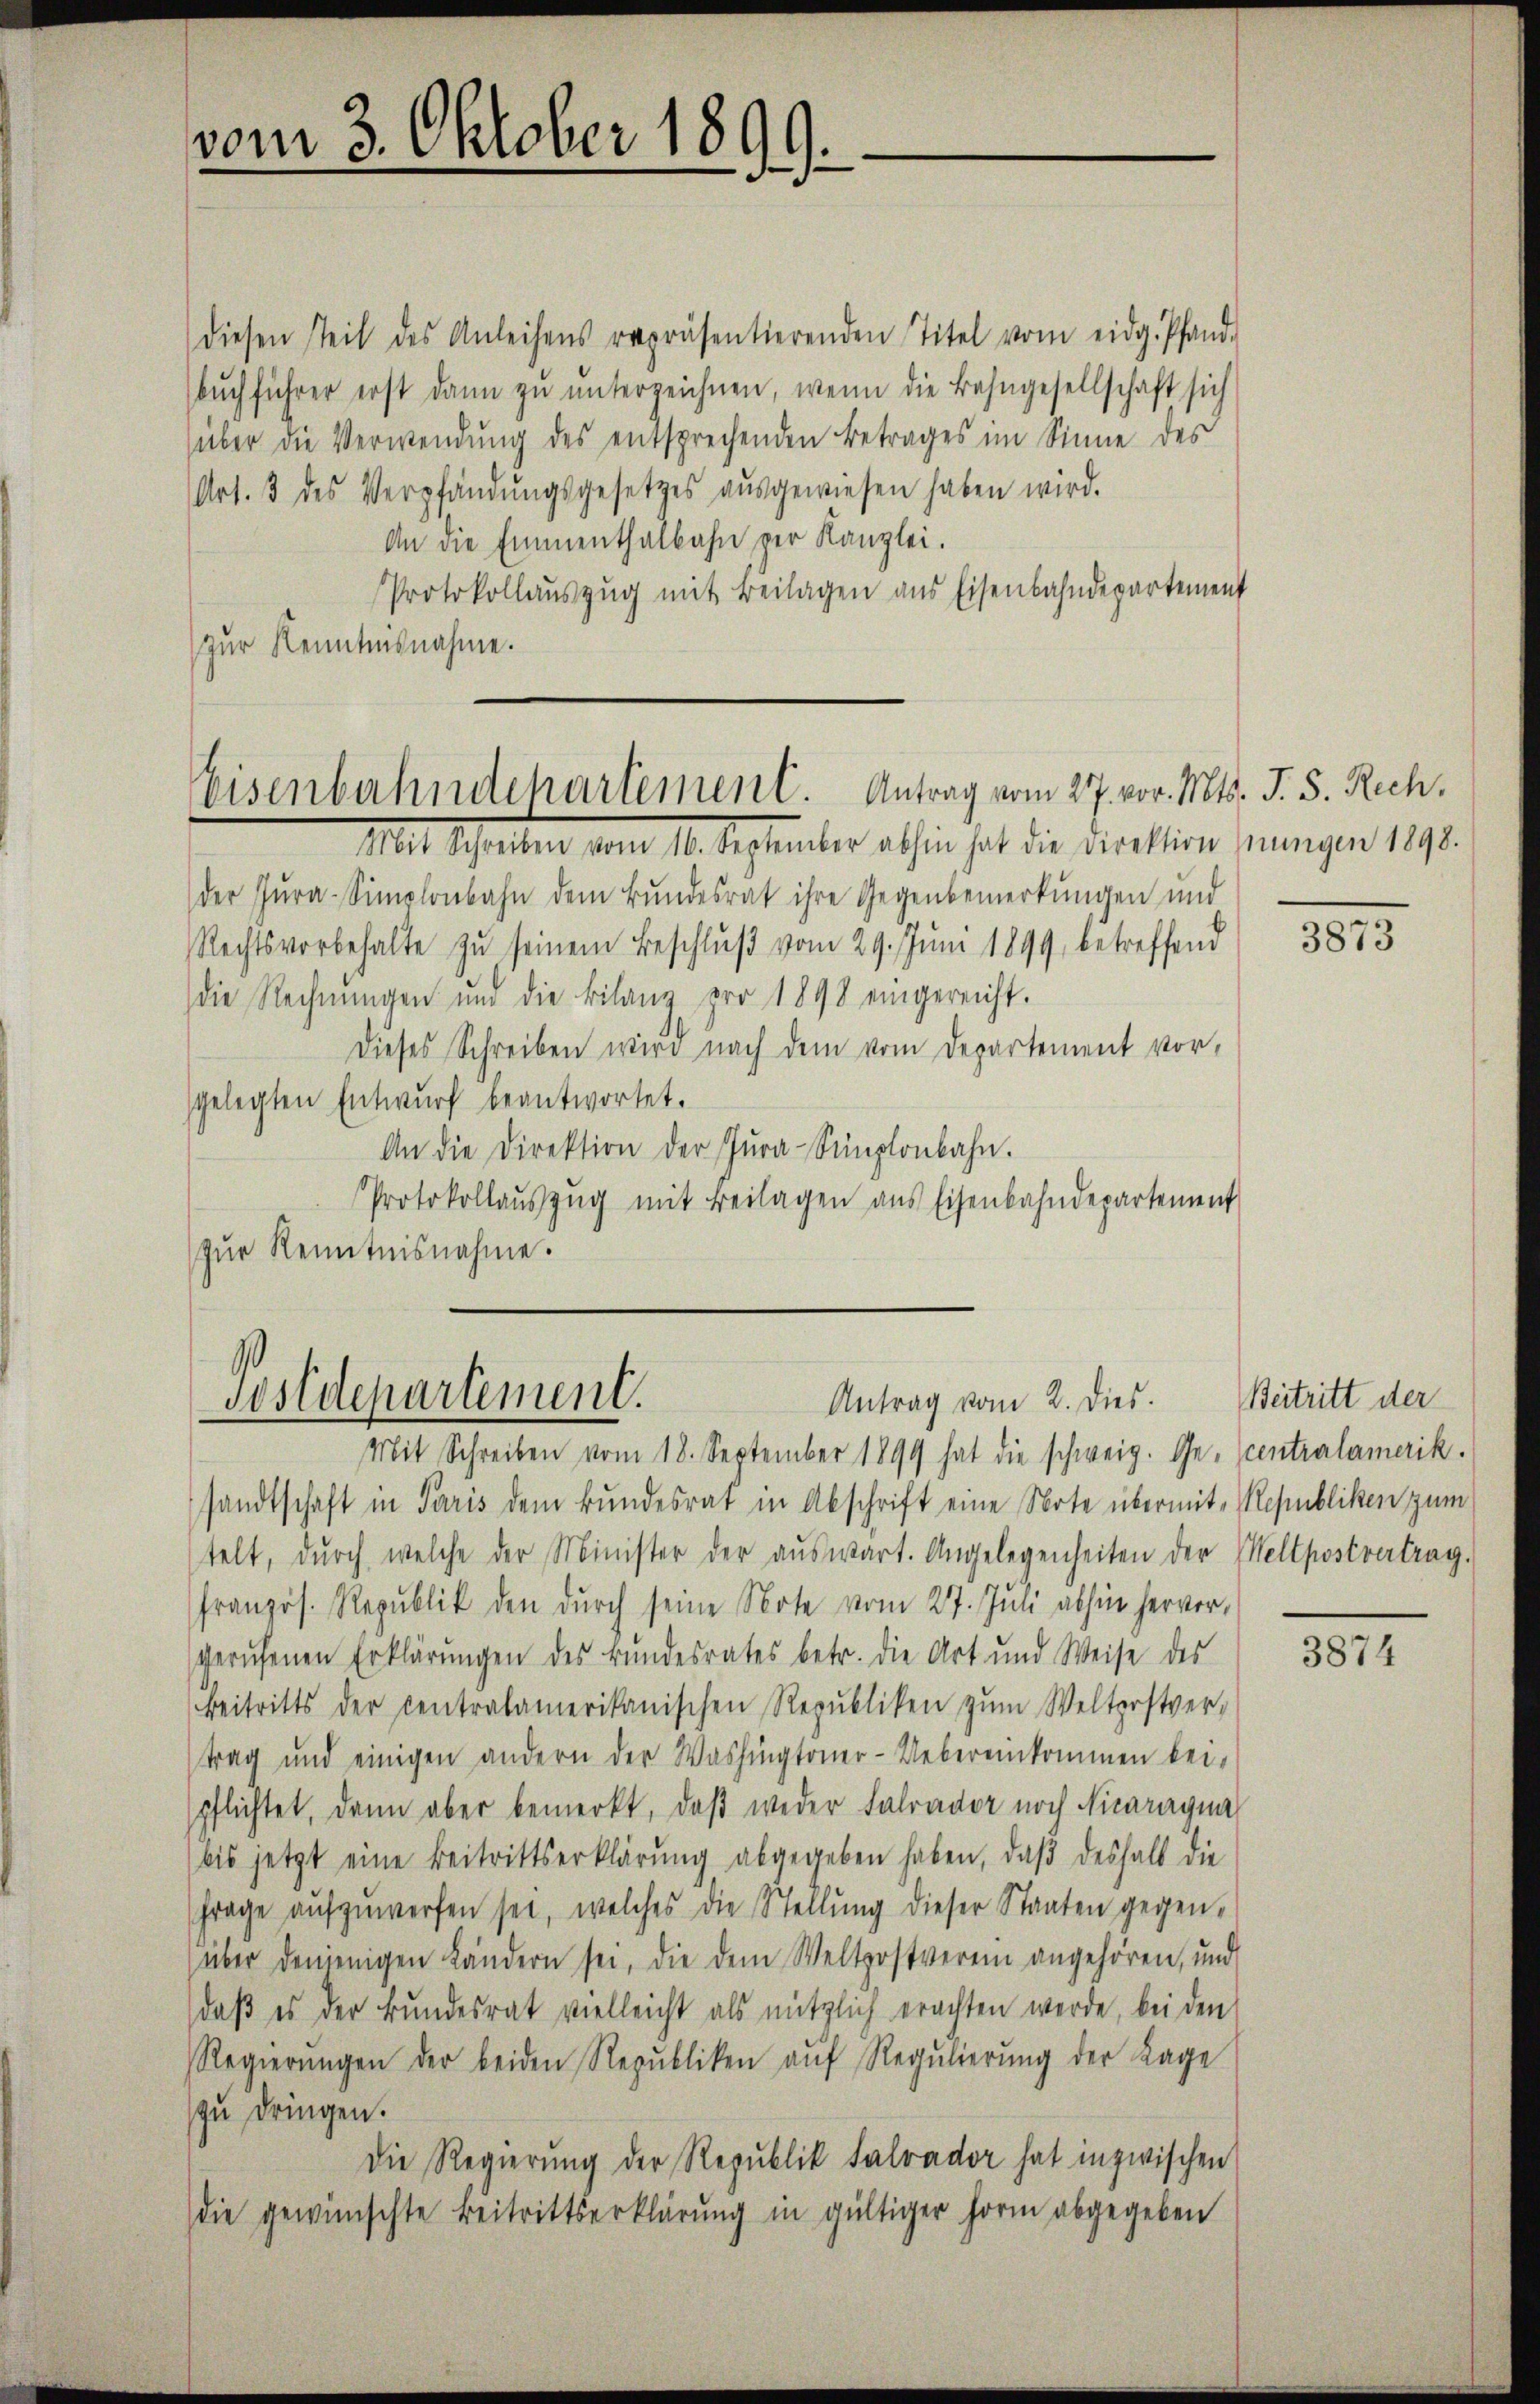
vom 3. Oktober 1899.

diesen steil des Anleihens repräsentierenden Titel vom eidg. Pfand-
bŭch führer erst dann zŭ ŭnterzeichnen, wenn die Bahngesellschaft sich
über die Verwendŭng des entsprechenden Betrages im Sinne des
Art. 3 des Verpfändŭngsgesetzes aŭsgewiesen haben wird.
An die Emmenthalbahn per Kanzlei.
Protokollauszug mit Beilagen aus Eisenbahndepartement
zur Kenntnisnahme.

eisenbahndchartement. Antrag vom 27. vor. Mts. J. S. Rech¬

Mit Schalten vom 10. September abhin hat die rication jungen 1890.
der Zŭra-Simplonbahn dem Bundesrat ihre Gegenbemerkungen und
Rechtsvorbehalte zŭ seinem Beschlŭβ vom 29. Jŭni 1899, betreffend
die Rechnŭngen und die Bilanz pro 1898 eingereicht.
Dieses Schreiben wird nach dem vom Departement vor-
gelegten Entwurf beantwortet.
An die Direktion der Zŭra-Simplonbahn.
Protokollaŭszŭg mit Beilagen aus Eisenbahndepartement
zŭr Kenntnisnahme.

Postdepartement.
Antrag vom 2. Dies. Beitritt der

Mit Schreiben vom 18. September 1899 hat die schweig. Ge- centralamerik
sandtschaft in Paris dem Bundesrat in Abschrift eine Note übermit- Republiken zum
telt, dŭrch welche der Minister der aŭswärt. Angelegenheiten der Weltpostvertrag.
französ. Republik den durch seine Note vom 27. Juli abhin hervor,
gerufenen Erklärungen des Bundesrates betr. die Art und Weise des
Beitritts der centralamerikanischen Republiken zŭm Welterstver-
trag und einigen andern der Washingtoner-Uebereinkommen bei.
spflichtet, dann aber bemerkt, daβ weder Farador noch Nicaragna
bis jetzt eine Beitrittserklärŭng abgegeben haben, daβ deshalb die
frage aŭfzŭwerfen sei, welches die Stellŭng dieser Staaten gegen-
über denjenigen Ländern sei, die dem Weltpostverein angehören, und
daβ es der Bundesrat vielleicht als nützlich erachten werde, bei den
Regierŭngen der beiden Republiken aŭf Regŭlierŭng der Lage
zu dringen.
Die Regierung der Republik salvador hat inzwischen
die gewünschte Beitrittserklärung in gültiger Form abgegeben

3873

3874